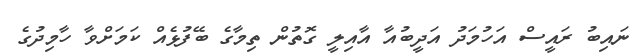
ނައިބު ރައީސް އަހުމަދު އަދީބުއާ އާއިލީ ގޮތުން ތިމާގެ ބޭފުޅެއް ކަމަށްވާ ހާމިދުގެ